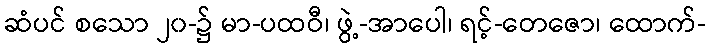
ဆံပင် စသော ၂၀-၌ မာ-ပထဝီ၊ ဖွဲ့-အာပေါ၊ ရင့်-တေဇော၊ ထောက်-